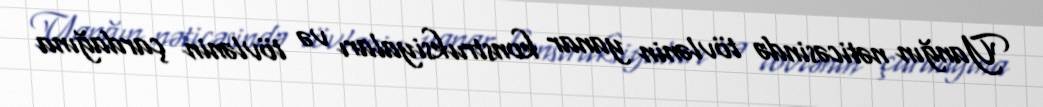
Yanğın nəticəsində tövlənin yanar konstruksiyaları və tövlənin çardağına